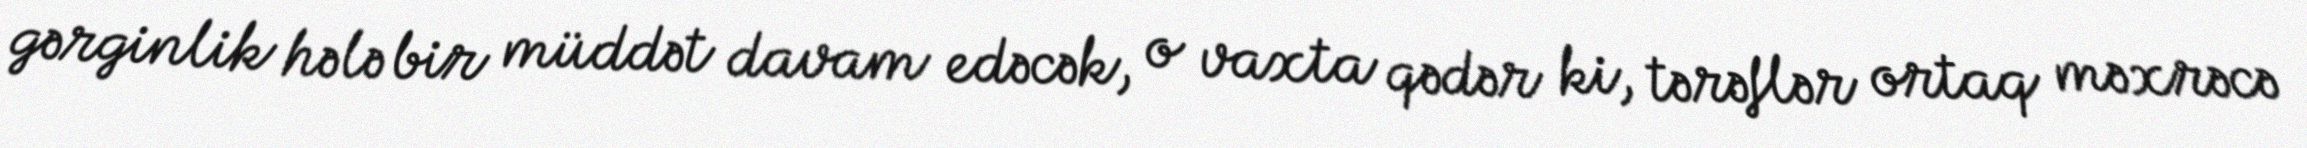
gərginlik hələ bir müddət davam edəcək, o vaxta qədər ki, tərəflər ortaq məxrəcə